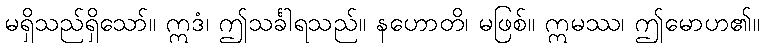
မရှိသည်ရှိသော်။ ဣဒံ၊ ဤသင်္ခါရသည်။ နဟောတိ၊ မဖြစ်။ ဣမဿ၊ ဤမောဟ၏။